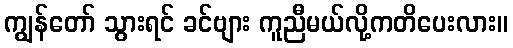
ကျွန်တော် သွားရင် ခင်ဗျား ကူညီမယ်လို့ကတိပေးလား။